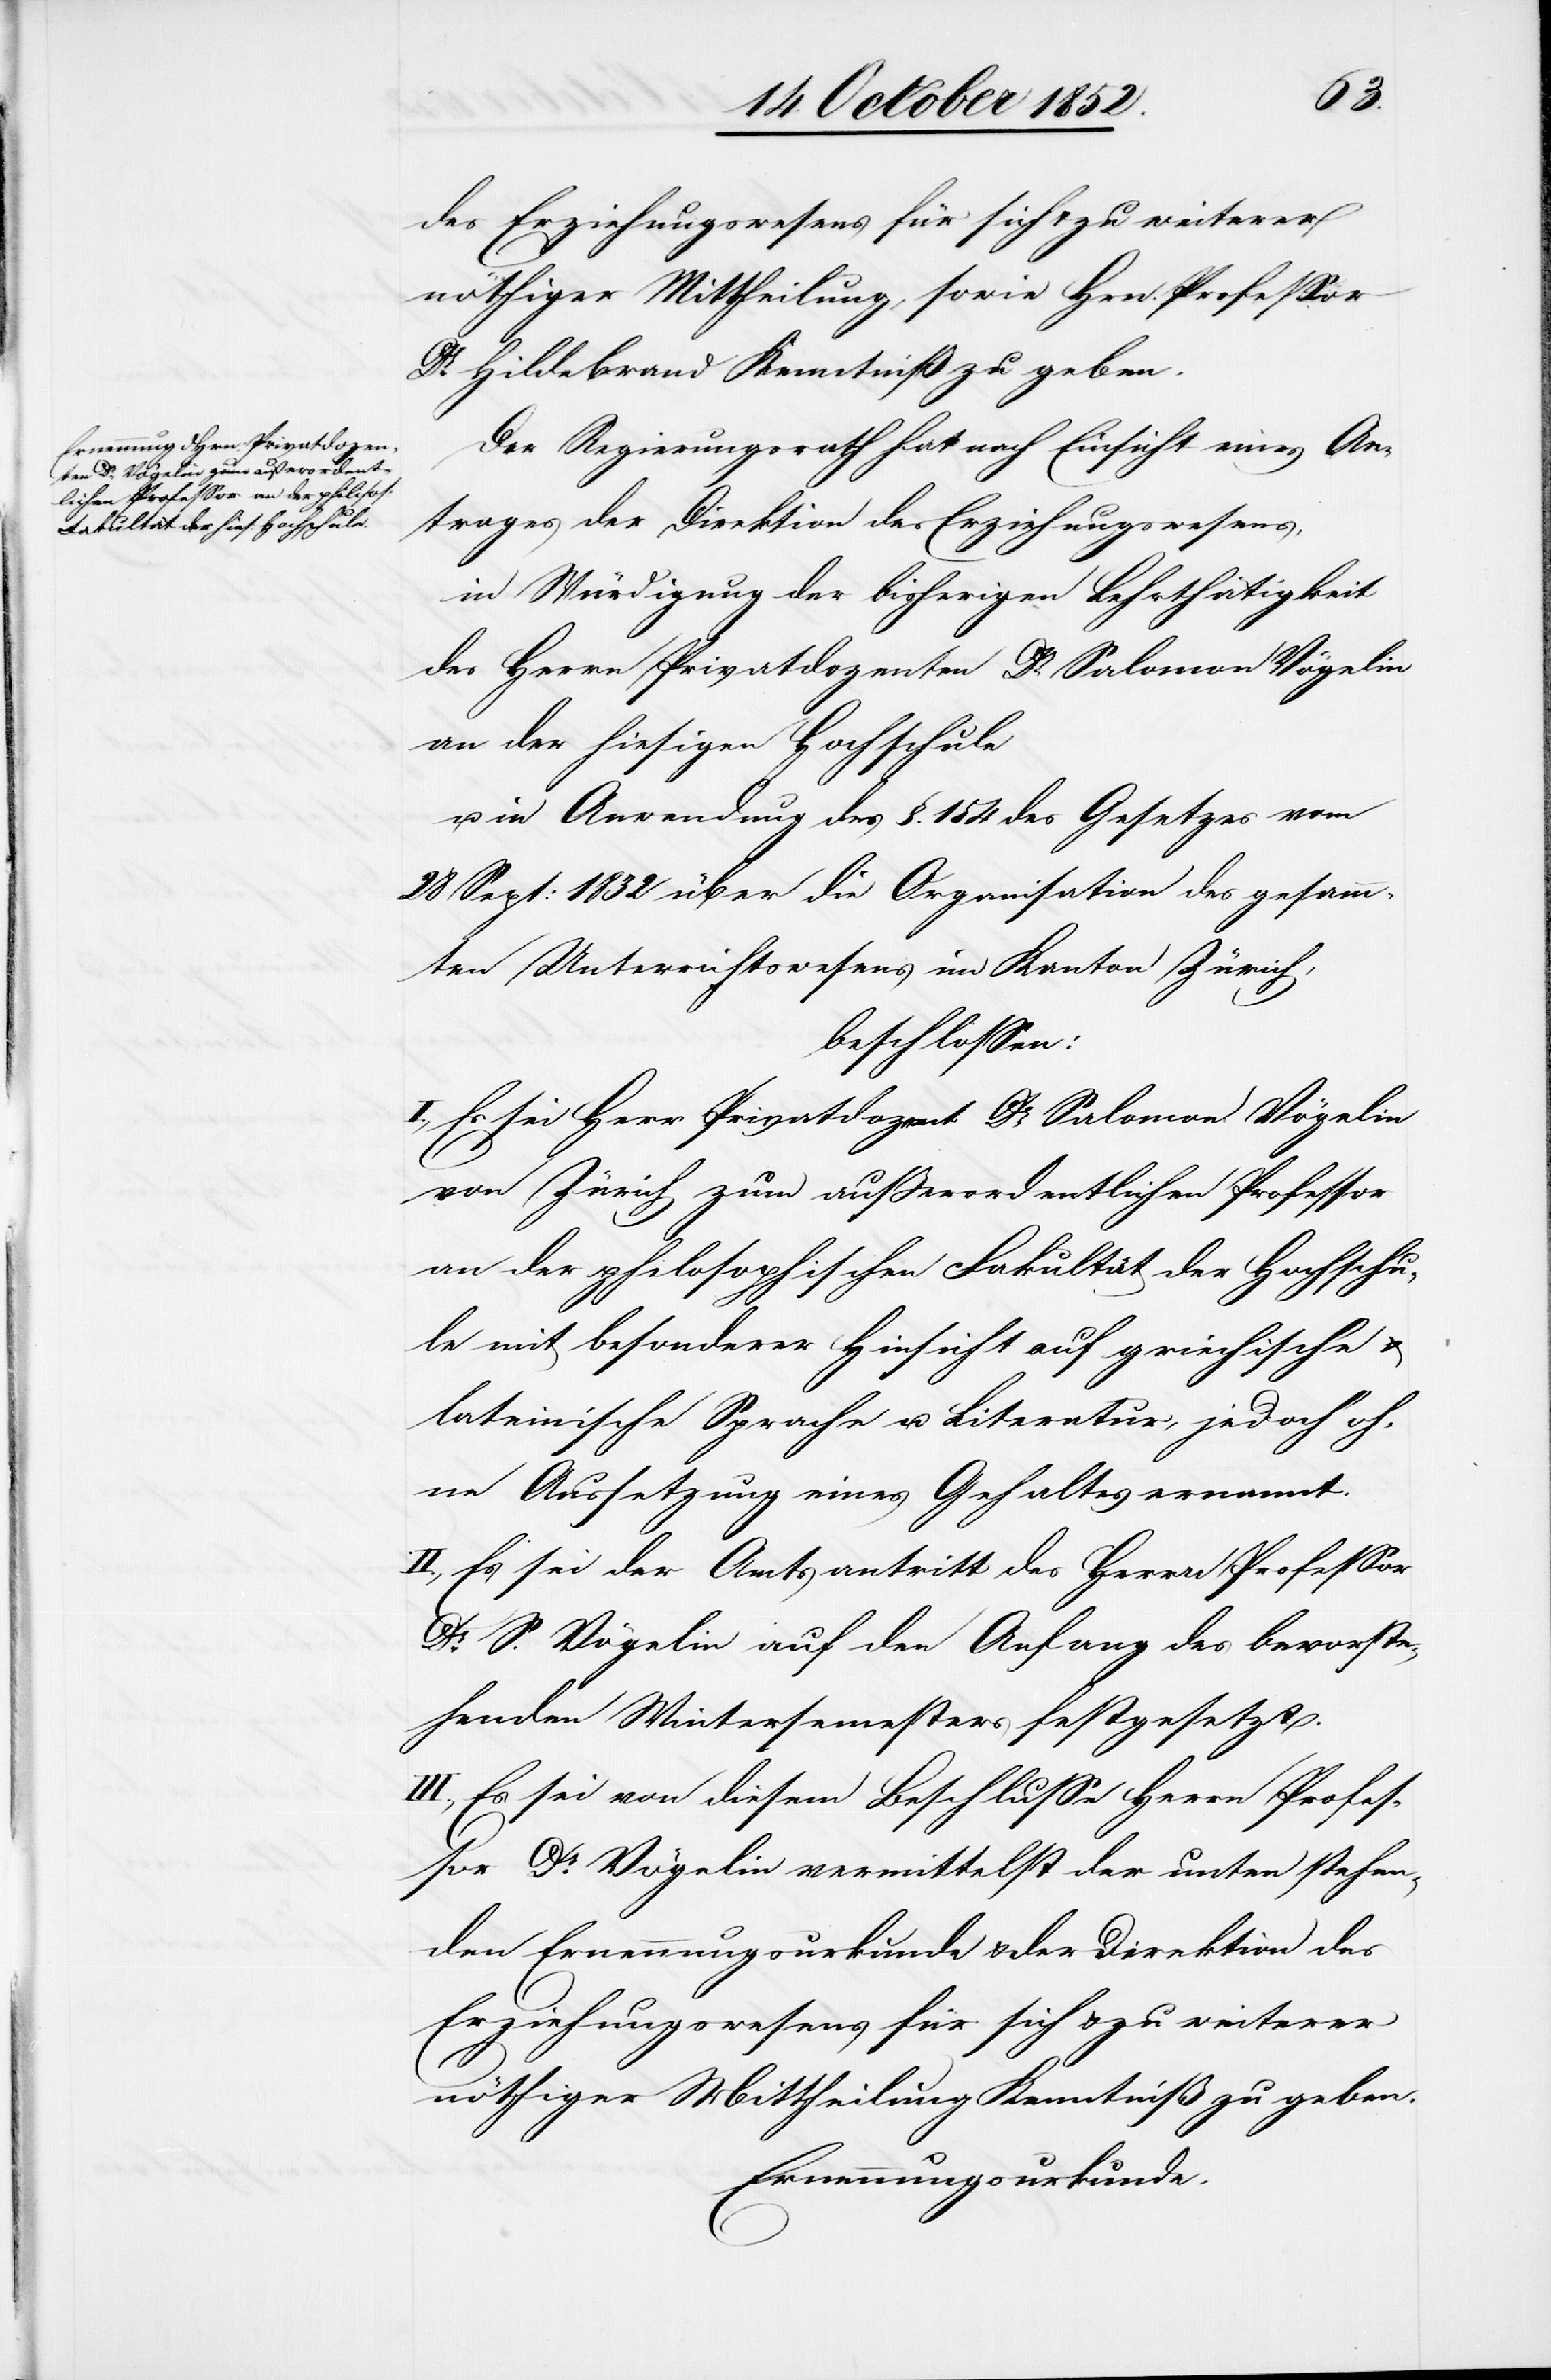
des Erziehungswesens für sich & zu weiterer
nöthiger Mittheilung, sowie Hrn. Professor
Dr. Hildebrand Kenntniß zu geben.
Der Regierungsrath hat nach Einsicht eines An¬
trages der Direktion des Erziehungswesens,
in Würdigung der bisherigen Lehrthätigkeit
des Herrn Privatdozenten Dr. Salomon Vögelin
an der hiesigen Hochschule
u. in Anwendung des §. 154 des Gesetzes vom
28 Sept: 1832 über die Organisation des gesamm¬
ten Unterrichtswesens im Kanton Zürich,
beschlossen:
I., Es sei Herr Privatdozent Dr. Salomon Vögelin
von Zürich zum außerordentlichen Professor
an der philosophischen Fakultät der Hochschu¬
le mit besonderer Hinsicht auf griechische
lateinische Sprache u. Literatur, jedoch oh¬
ne Aussetzung eines Gehaltes ernannt.
II., Es sei der Amtsantritt des Herrn Professor
Dr. S. Vögelin auf den Anfang des bevorste¬
henden Wintersemesters festgesetzt.
III., Es sei von diesem Beschlusse Herrn Profes¬
sor Dr. Vögelin vermittelst der unten stehen¬
den Ernennungsurkunde & der Direktion des
Erziehungswesens für sich & zu weiterer
nöthiger Mittheilung Kenntniß zu geben.
Ernennungsurkunde.